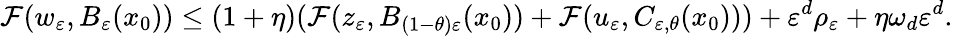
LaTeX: \mathcal{F}(w_{\varepsilon},B_{\varepsilon}(x_{0}))\leq(1+\eta)(\mathcal{F}(z_{\varepsilon},B_{(1-\theta)\varepsilon}(x_{0}))+\mathcal{F}(u_{\varepsilon},C_{\varepsilon,\theta}(x_{0})))+\varepsilon^{d}\rho_{\varepsilon}+\eta\omega_{d}\varepsilon^{d}.